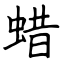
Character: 蜡